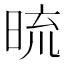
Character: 𭦓